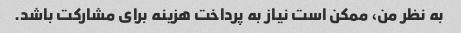
به نظر من، ممکن است نیاز به پرداخت هزینه برای مشارکت باشد.